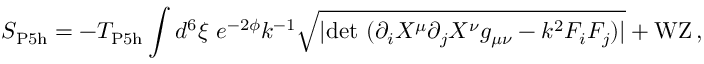
S _ { \mathrm { P 5 h } } = - T _ { \mathrm { P 5 h } } \int d ^ { 6 } \xi \ e ^ { - 2 { \phi } } k ^ { - 1 } \sqrt { | \mathrm { d e t } \ ( \partial _ { i } X ^ { \mu } \partial _ { j } { X } ^ { \nu } g _ { \mu \nu } - k ^ { 2 } F _ { i } F _ { j } ) | } + \mathrm { W Z } \, ,